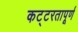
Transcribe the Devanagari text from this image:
कट्टरतापूर्ण